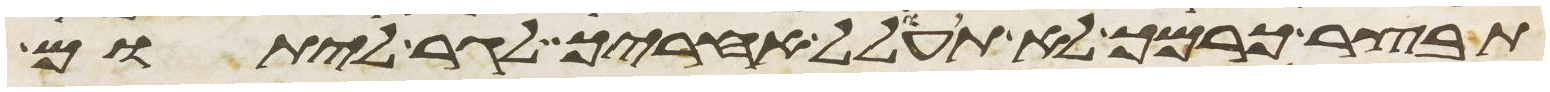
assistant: תבצר כרמך לא תעולל אחריך לגר ליתום